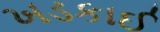
ખડકાઈ